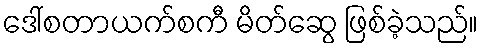
ဒေါ်စတာယက်စကီ မိတ်ဆွေ ဖြစ်ခဲ့သည်။